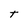
Character: t